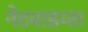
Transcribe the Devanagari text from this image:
नेटवाइव्स